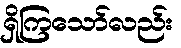
ရှိကြသော်လည်း